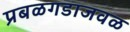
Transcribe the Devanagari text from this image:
प्रबळगडाजवळ